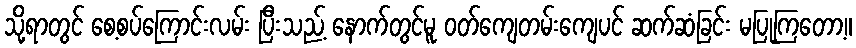
သို့ရာတွင် စေ့စပ်ကြောင်းလမ်း ပြီးသည့် နောက်တွင်မူ ဝတ်ကျေတမ်းကျေပင် ဆက်ဆံခြင်း မပြုကြတော့။